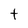
Character: t